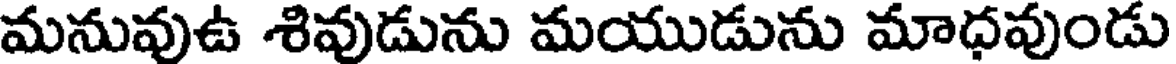
మనువుఉ శివుడును మయుడును మాధవుండు